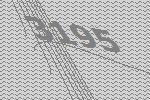
3195